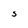
Character: S